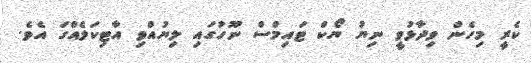
ކެރީ މިހެން ވިދާޅުވީ ނިޔު ޔޯކް ޓައިމްސް ނޫހުގައި ލިޔުއްވި އާޓިކަލެއްގަ އެވެ.